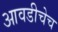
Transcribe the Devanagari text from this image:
आवडीचेच